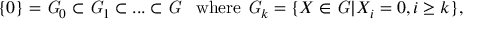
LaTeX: \{ 0 \} = { \it G } _ { 0 } \subset { \it G } _ { 1 } \subset . . . \subset { \it G } \; \; \; \mathrm { w h e r e ~ } { \it G } _ { k } = \{ X \in { \it G } | X _ { i } = 0 , i \geq k \} ,